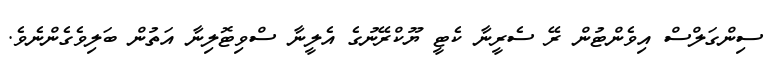
ސިންގަލްސް އިވެންޓުން ރޭ ސެރީނާ ކެޓީ ޔޫކްރޭނުގެ އެލީނާ ސްވިޓޮލިނާ އަތުން ބަލިވެގެންނެވެ.